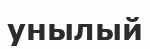
унылый